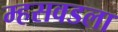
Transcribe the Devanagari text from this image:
म्हसवडला